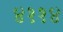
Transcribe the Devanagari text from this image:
४११४